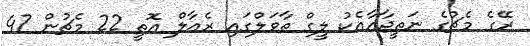
ރޭގެ މެޗުގެ ނަތީޖާއާއެކު ލީގް ތާވަލްގައި ރެއާލް އޮތީ 22 މެޗުން 47